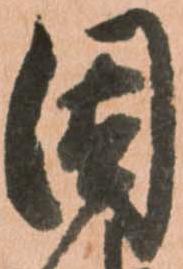
因